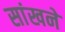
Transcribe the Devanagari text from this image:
सांखने